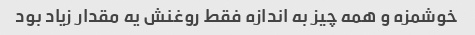
خوشمزه و همه چیز به اندازه فقط روغنش یه مقدار زیاد بود